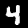
Digit: 4